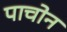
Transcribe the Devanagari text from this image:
पाचोन